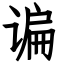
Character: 谝